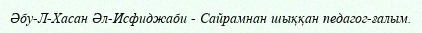
Әбу-Л-Хасан Әл-Исфиджаби - Сайрамнан шыққан педагог-ғалым.